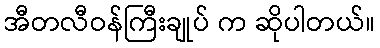
အီတလီဝန်ကြီးချုပ် က ဆိုပါတယ်။